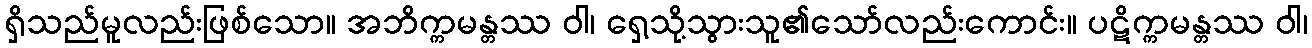
ရှိသည်မူလည်းဖြစ်သော။ အဘိက္ကမန္တဿ ဝါ၊ ရှေ့သို့သွားသူ၏သော်လည်းကောင်း။ ပဋိက္ကမန္တဿ ဝါ၊